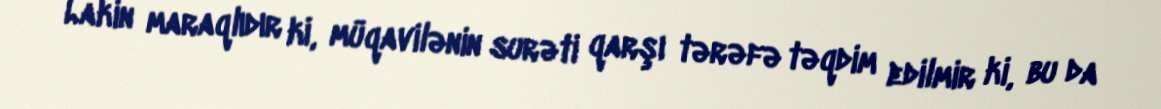
Lakin maraqlıdır ki, müqavilənin surəti qarşı tərəfə təqdim edilmir ki, bu da